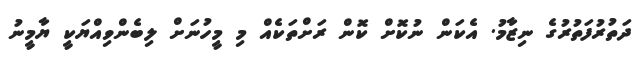
ދަތުރުފަތުރުގެ ނިޒާމު. އެކަން ނުކޮށް ކޮން ރަށްތަކެއް މި މީހުނަށް ލިބެންވިއްޔަކީ ޔާމީނު